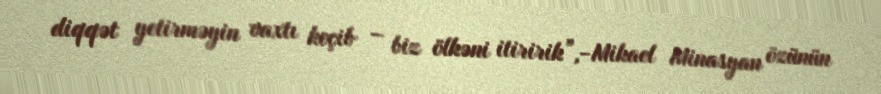
diqqət yetirməyin vaxtı keçib – biz ölkəni itiririk”,-Mikael Minasyan özünün